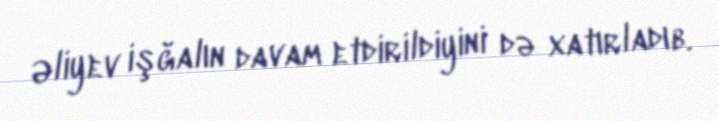
Əliyev işğalın davam etdirildiyini də xatırladıb.